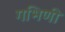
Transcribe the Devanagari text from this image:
गभिणी